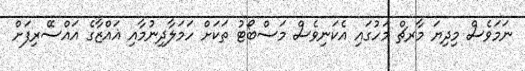
ނަމަވެސް މިދިޔަ މާރޗް މަހުގައި އެކަނިވެސް މަސްބޯޓު ތަކަށް ހަމަލާދިނުމާއި ޣައްޒާގެ އައްސޭރިފަށް